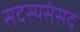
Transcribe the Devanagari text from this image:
सदस्यसंसद